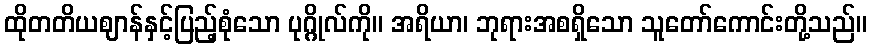
ထိုတတိယဈာန်နှင့်ပြည့်စုံသော ပုဂ္ဂိုလ်ကို။ အရိယာ၊ ဘုရားအစရှိသော သူတော်ကောင်းတို့သည်။